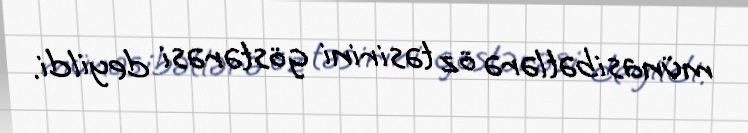
münasibətlərə öz təsirini göstərəsi deyildi.